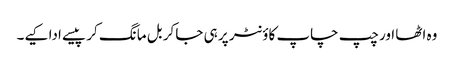
وہ اٹھا اور چپ چاپ کاؤنٹر پر ہی جا کر بل مانگ کر پیسے ادا کیے۔